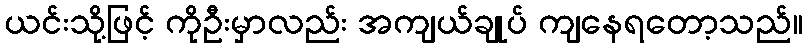
ယင်းသို့ဖြင့် ကိုဦးမှာလည်း အကျယ်ချုပ် ကျနေရတော့သည်။